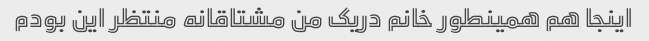
اینجا هم همینطور خانم دریک من مشتاقانه منتظر این بودم